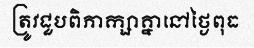
ត្រូវជួបពិភាក្សាគ្នានៅថ្ងៃពុធ